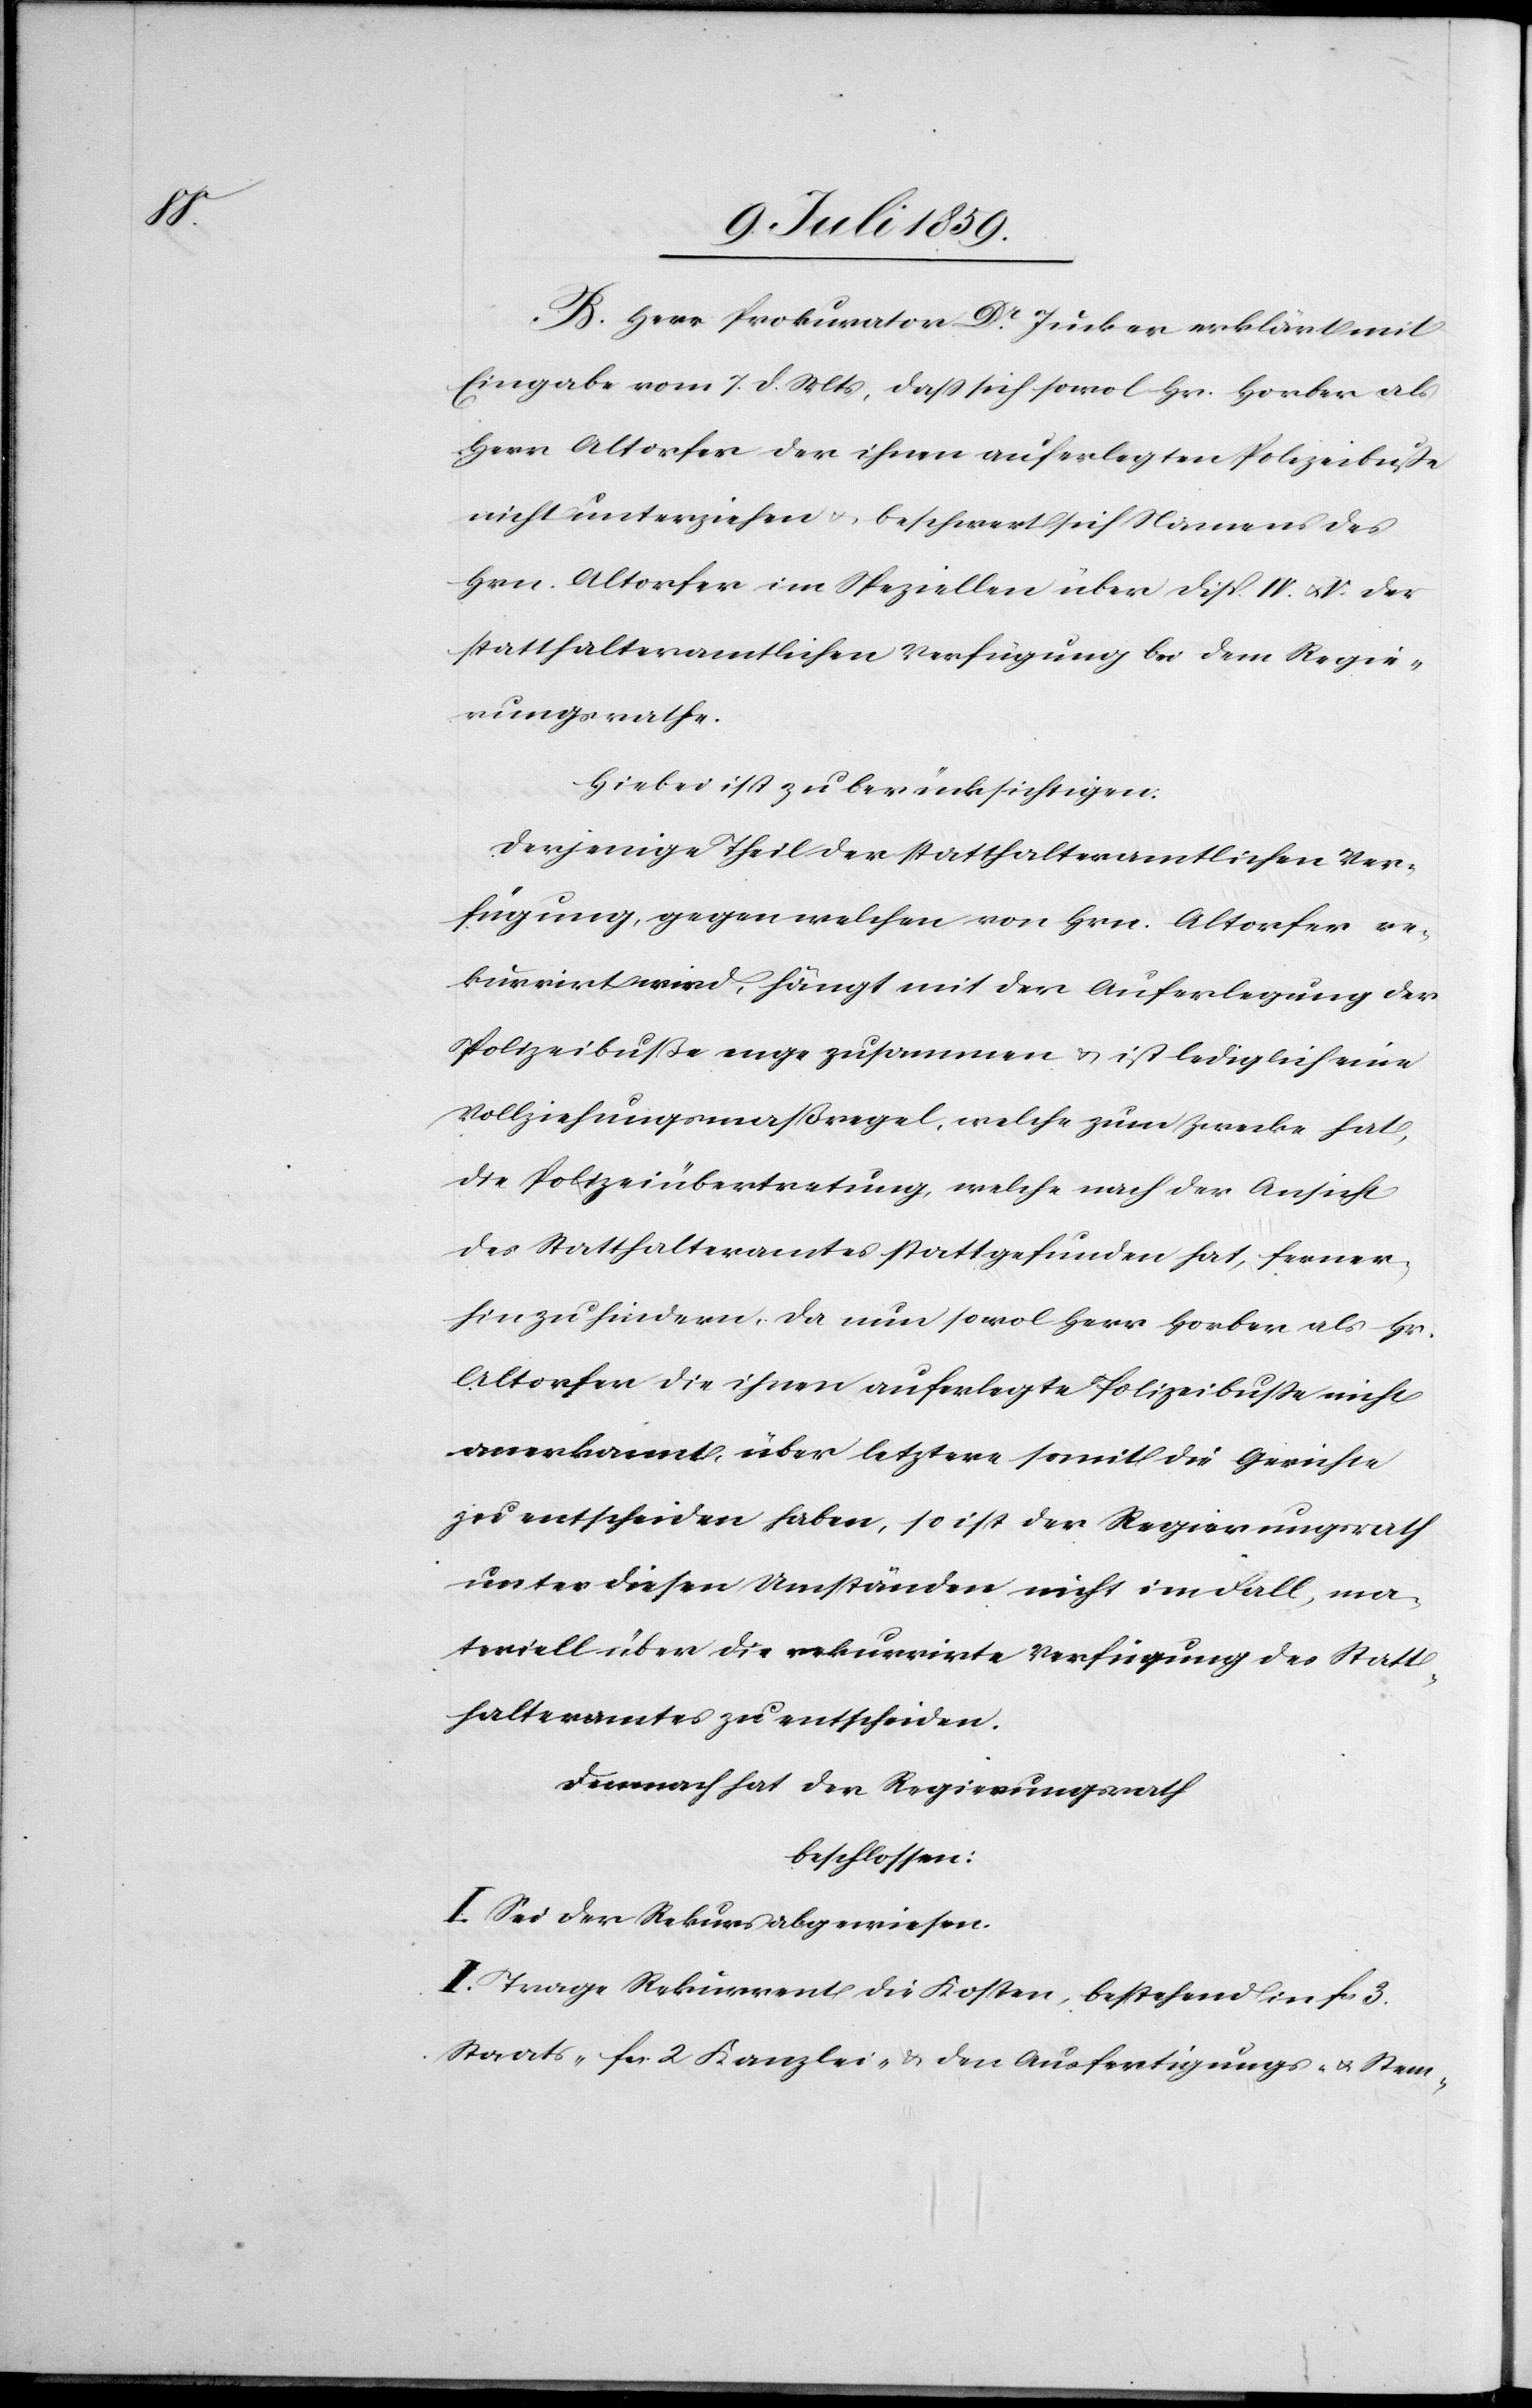
B. Herr Prokurator Dr. Jucker erklärt mit
Eingabe vom 7. d. Mts., daß sich sowol Hr. Horber als
Herr Altorfer der ihnen auferlegten Polizeibuße
nicht unterziehen u. beschwert sich Namens des
Hrn. Altorfer im Speziellen über Disp. IV. u. V. der
statthalteramtlichen Verfügung bei dem Regie¬
rungsrathe.
Hiebei ist zu berücksichtigen:
Derjenige Theil der statthalteramtlichen Ver¬
fügung, gegen welchen von Hrn. Altorfer re¬
kurrirt wird, hängt mit der Auferlegung der
Polizeibuße enge zusammen u. ist lediglich eine
Vollziehungsmaßregel, welche zum Zwecke hat,
die Polizeiübertretung, welche nach der Ansicht
des Statthalteramtes stattgefunden hat, ferner¬
hin zu hindern, da nun sowol Herr Horber als Hr.
Altorfer die ihnen auferlegte Polizeibuße nicht
anerkannt, über letztere somit die Gerichte
zu entscheiden haben, so ist der Regierungsrath
unter diesen Umständen nicht im Fall, ma¬
teriell über die rekurrirte Verfügung des Statt¬
halteramtes zu entscheiden.
Demnach hat der Regierungsrath
beschlossen:
I. Sei der Rekurs abgewiesen.
II. Trage Rekurrent die Kosten, bestehend in fcs. 3.
Staats- fcs. 2 Kanzlei- & den Ausfertigungs- u. Stem-